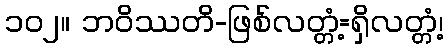
၁၀၂။ ဘဝိဿတိ-ဖြစ်လတ္တံ့=ရှိလတ္တံ့၊